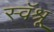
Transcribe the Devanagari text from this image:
स्वॅश्रू